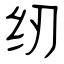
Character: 纫